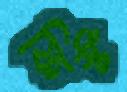
ফিস্ট